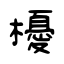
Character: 櫌